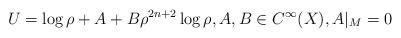
LaTeX: \begin{align*}U=\log\rho+A+B\rho^{2n+2}\log\rho,A, B\in C^\infty(X),A|_M=0\end{align*}